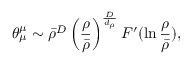
\theta _ { \mu } ^ { \mu } \sim \bar { \rho } ^ { D } \left( \frac { \rho } { \bar { \rho } } \right) ^ { \frac { D } { d _ { \rho } } } F ^ { \prime } ( \ln \frac { \rho } { \bar { \rho } } ) ,